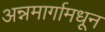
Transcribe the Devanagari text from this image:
अन्नमार्गामधून